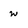
Character: w